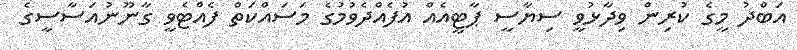
އަބްދު މީގެ ކުރިން ވިދާޅުވީ ސިޔާސީ ޕާޓީއެއް އުފެއްދެވުމުގެ މަސައްކަތް ފެއްޓެވީ ގާނޫނުއަސާސީގެ